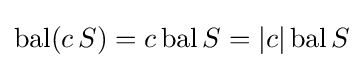
\operatorname {bal} (c\,S)=c\operatorname {bal} S=|c|\operatorname {bal} S